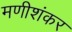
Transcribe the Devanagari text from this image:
मणीशंकर